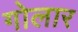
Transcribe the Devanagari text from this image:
गोलार